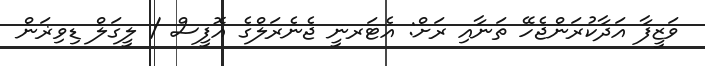
ވަޒީފާ އަދާކުރަންޖެހޭ ތަނާއި ރަށް: އެޓަރނީ ޖެނެރަލްގެ އޮފީސް / ލީގަލް ޑިވިޜަން